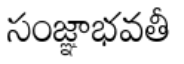
సంజ్ఞాభవతీ